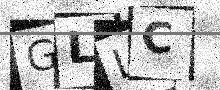
Text: GLLC